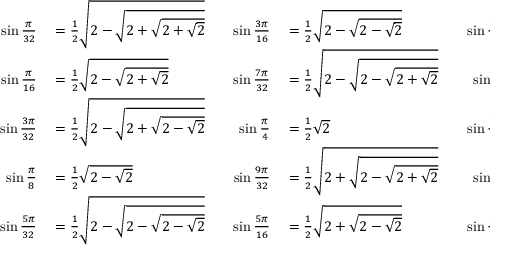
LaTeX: \begin{array} { r l r l r l } { \sin { \frac { \pi } { 3 2 } } } & { { } = { \frac { 1 } { 2 } } { \sqrt { 2 - { \sqrt { 2 + { \sqrt { 2 + { \sqrt { 2 } } } } } } } } } & { \quad \sin { \frac { 3 \pi } { 1 6 } } } & { { } = { \frac { 1 } { 2 } } { \sqrt { 2 - { \sqrt { 2 - { \sqrt { 2 } } } } } } } & { \quad \sin { \frac { 1 1 \pi } { 3 2 } } } & { { } = { \frac { 1 } { 2 } } { \sqrt { 2 + { \sqrt { 2 - { \sqrt { 2 - { \sqrt { 2 } } } } } } } } } \\ { \sin { \frac { \pi } { 1 6 } } } & { { } = { \frac { 1 } { 2 } } { \sqrt { 2 - { \sqrt { 2 + { \sqrt { 2 } } } } } } } & { \quad \sin { \frac { 7 \pi } { 3 2 } } } & { { } = { \frac { 1 } { 2 } } { \sqrt { 2 - { \sqrt { 2 - { \sqrt { 2 + { \sqrt { 2 } } } } } } } } } & { \quad \sin { \frac { 3 \pi } { 8 } } } & { { } = { \frac { 1 } { 2 } } { \sqrt { 2 + { \sqrt { 2 } } } } } \\ { \sin { \frac { 3 \pi } { 3 2 } } } & { { } = { \frac { 1 } { 2 } } { \sqrt { 2 - { \sqrt { 2 + { \sqrt { 2 - { \sqrt { 2 } } } } } } } } } & { \quad \sin { \frac { \pi } { 4 } } } & { { } = { \frac { 1 } { 2 } } { \sqrt { 2 } } } & { \quad \sin { \frac { 1 3 \pi } { 3 2 } } } & { { } = { \frac { 1 } { 2 } } { \sqrt { 2 + { \sqrt { 2 + { \sqrt { 2 - { \sqrt { 2 } } } } } } } } } \\ { \sin { \frac { \pi } { 8 } } } & { { } = { \frac { 1 } { 2 } } { \sqrt { 2 - { \sqrt { 2 } } } } } & { \quad \sin { \frac { 9 \pi } { 3 2 } } } & { { } = { \frac { 1 } { 2 } } { \sqrt { 2 + { \sqrt { 2 - { \sqrt { 2 + { \sqrt { 2 } } } } } } } } } & { \quad \sin { \frac { 7 \pi } { 1 6 } } } & { { } = { \frac { 1 } { 2 } } { \sqrt { 2 + { \sqrt { 2 + { \sqrt { 2 } } } } } } } \\ { \sin { \frac { 5 \pi } { 3 2 } } } & { { } = { \frac { 1 } { 2 } } { \sqrt { 2 - { \sqrt { 2 - { \sqrt { 2 - { \sqrt { 2 } } } } } } } } } & { \quad \sin { \frac { 5 \pi } { 1 6 } } } & { { } = { \frac { 1 } { 2 } } { \sqrt { 2 + { \sqrt { 2 - { \sqrt { 2 } } } } } } } & { \quad \sin { \frac { 1 5 \pi } { 3 2 } } } & { { } = { \frac { 1 } { 2 } } { \sqrt { 2 + { \sqrt { 2 + { \sqrt { 2 + { \sqrt { 2 } } } } } } } } } \end{array}